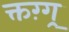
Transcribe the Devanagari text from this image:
क्तग़्ग्र्